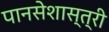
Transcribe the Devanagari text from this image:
पानसेशास्त्री